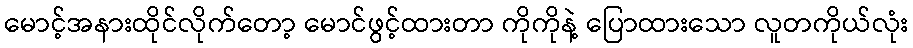
မောင့်အနားထိုင်လိုက်တော့ မောင်ဖွင့်ထားတာ ကိုကိုနဲ့ ပြောထားသော လူတကိုယ်လုံး